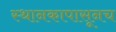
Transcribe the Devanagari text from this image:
स्थानकापासूनच